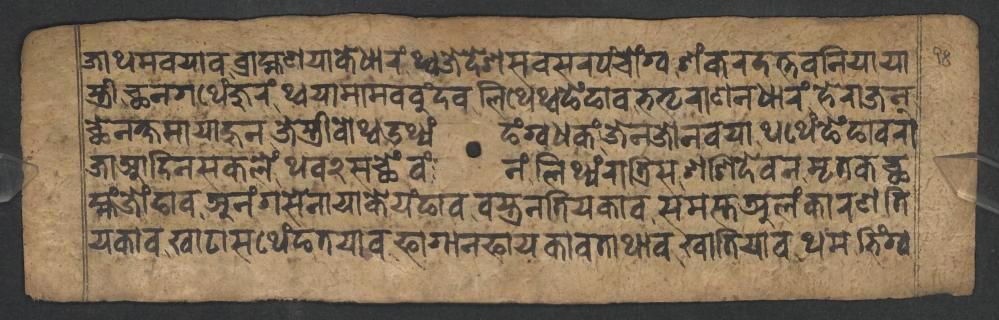
𑐖𑐵𑐠𑐩𑐰𑐫𑐵𑐰𑐧𑑂𑐬𑐵𑐴𑑂𑐩𑐞𑐫𑐵𑐎𑐾𑐢𑐵𑐬𑑄𑐠𑑂𑐰𑐖𑐾𑐡𑐾𑐱𑐳𑐧𑐳𑐬𑐥𑑄𑐔𑑀𑑄𑐐𑑂𑐰𑐱𑑄𑐎𑐬𑐡𑐟𑑂𑐟𑐧𑐣𑐶𑐫𑐵𑐫𑐵 𑐳𑑂𑐟𑑂𑐬𑐷𑐕𑐣𑐐𑐠𑐾𑑄𑐖𑐸𑐬𑑄𑐠𑑂𑐰𑐫𑐵𑐩𑐵𑐩𑐧𑐧𑐸𑑄𑐡𑐰𑐮𑐶𑐠𑐾𑑄𑐠𑑂𑐰𑐒𑐾𑑄𑐒𑐵𑐰𑐨𑐟𑐺𑐬𑐵𑐞𑐢𑐵𑐬𑑄𑐴𑐾𑐬𑐵𑐖𑐣 𑐕𑐾𑐣𑐎𑑂𑐲𑐩𑐵𑐫𑐵𑐴𑐸𑐣𑐖𑐾𑐳𑑂𑐟𑑂𑐬𑐷𑐰𑑀𑐠𑑂𑐰𑑁𑐠𑑂𑐫𑑄𑐒𑑄𑐐𑑂𑐰𑐢𑐎𑑄𑐖𑐾𑐣𑐖𑑀𑐣𑐰𑐫𑐵𑐠𑐠𑐾𑑄𑐒𑐾𑑄𑐒𑐵𑐰𑐬𑐵 𑐖𑐵𑐁𑐡𑐶𑐣𑐳𑐎𑐮𑐾𑑄𑐠𑐰𑑒𑐳𑐕𑐾𑑄𑐰𑑄𑐣𑑄𑐮𑐶𑐠𑐾𑑄𑐬𑐵𑐟𑑂𑐬𑐶𑐳𑐱𑐱𑐶𑐡𑐾𑐰𑐣𑐩𑐺𑐟𑐎𑐕 𑐩𑑂𑐴𑑄𑐖𑑀𑑄𑐒𑐵𑐰𑐀𑐣𑑄𑐐𑐳𑐾𑐣𑐵𑐫𑐵𑐎𑐾𑐫𑑄𑐒𑐵𑐰𑐰𑐳𑑂𑐟𑑂𑐬𑐣𑐟𑐶𑐫𑐎𑐵𑐰𑐳𑐩𑐳𑑂𑐟𑐀𑐮𑑄𑐎𑐵𑐬𑐞𑐟𑐶 𑐫𑐎𑐵𑐰𑐏𑐵𑐚𑐵𑐳𑐠𑐾𑑄𑐒𑐟𑐫𑐵𑐰𑐦𑐵𑐐𑐵𑐣𑐦𑐵𑐫𑐎𑐵𑐰𑐟𑐵𑐠𑐵𑐰𑐏𑐵𑐟𑐶𑐫𑐵𑐰𑐠𑐩𑐨𑐶𑑄𑐐𑑂𑐰